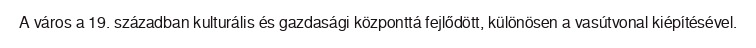
A város a 19. században kulturális és gazdasági központtá fejlődött, különösen a vasútvonal kiépítésével.